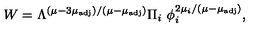
W = \Lambda ^ { \left( \mu - 3 \mu _ { \mathrm { a d j } } \right) / \left( \mu - \mu _ { \mathrm { a d j } } \right) } \Pi _ { i } \ \phi _ { i } ^ { 2 \mu _ { i } / \left( \mu - \mu _ { \mathrm { a d j } } \right) } ,